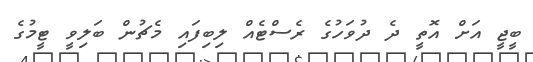
ބީޖީ އަށް އޮތީ ދެ ދުވަހުގެ ރެސްޓެއް ލިބިފައި މެޗުން ބަލިވީ ޓީމުގެ